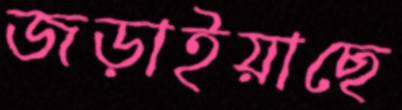
জড়াইয়াছে